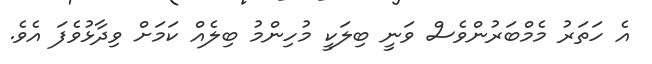
އެ ހަތަރު މެމްބަރުންވެސް ވަނީ ބިލަކީ މުހިންމު ބިލެއް ކަމަށް ވިދާޅުވެފަ އެވެ.